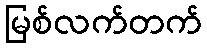
မြစ်လက်တက်